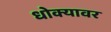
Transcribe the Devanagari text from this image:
धोक्यावर